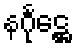
နင်္ဂုဋ္ဌေ